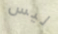
ليس